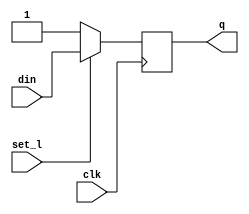
module dffsl_ns (din, clk, set_l, q);
parameter SIZE = 1;
input   [SIZE-1:0]      din ;   
input                   clk ;   
input                   set_l ; 
output  [SIZE-1:0]      q ;     
reg     [SIZE-1:0]      q ;
always @ (posedge clk)
  q[SIZE-1:0] <= set_l ? din[SIZE-1:0] : {SIZE{1'b1}};
endmodule